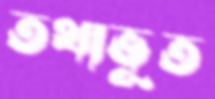
তথাভূত